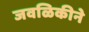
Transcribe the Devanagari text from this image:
जवळिकीने